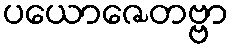
ပယောဇေတဗ္ဗာ